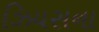
ઝિયસના